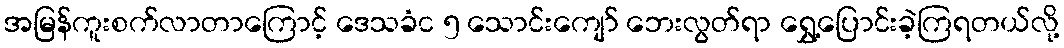
အမြန်ကူးစက်လာတာကြောင့် ဒေသခံင ၅ သောင်းကျော် ဘေးလွတ်ရာ ရွှေ့ပြောင်းခဲ့ကြရတယ်လို့